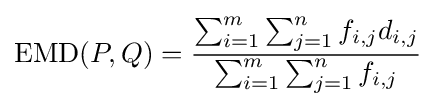
{\text{EMD}}(P,Q)={\frac {\sum _{i=1}^{m}\sum _{j=1}^{n}f_{i,j}d_{i,j}}{\sum _{i=1}^{m}\sum _{j=1}^{n}f_{i,j}}}